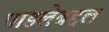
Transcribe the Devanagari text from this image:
पाडलेबद्दल